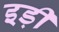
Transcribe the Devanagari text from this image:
इड़ी